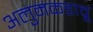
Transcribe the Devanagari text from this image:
अलुमकडावू